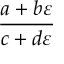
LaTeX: \frac { a + b \varepsilon } { c + d \varepsilon }